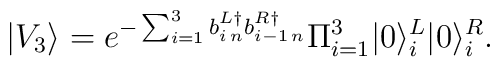
|V_3\rangle=e^{-\sum_{i=1}^{3}b^{L\dag}_{i\,n}b^{R\dag}_{i-1\,n}}\Pi_{i=1}^{3}|0\rangle^L_i|0\rangle^R_i.